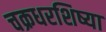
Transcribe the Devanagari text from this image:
चक्रधरशिष्या